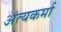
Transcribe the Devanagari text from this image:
अंत्यकर्मा